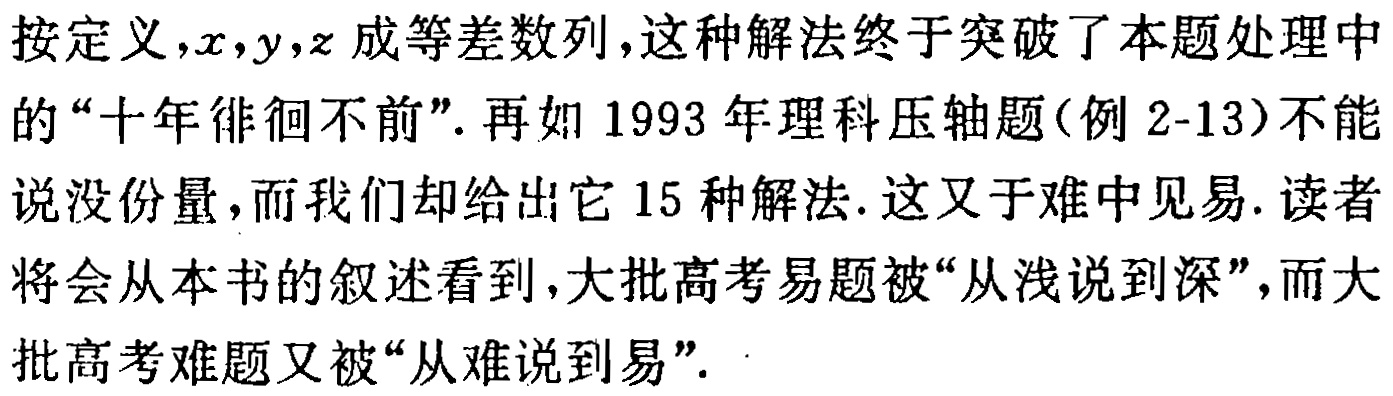
按定义,$x,y,z$成等差数列,这种解法终于突破了本题处理中的“十年徘徊不前”. 再如1993年理科压轴题(例2-13)不能说没份量,而我们却给出它15种解法. 这又于难中见易. 读者将会从本书的叙述看到,大批高考易题被“从浅说到深”,而大批高考难题又被“从难说到易”.